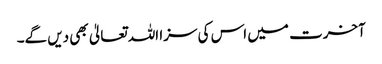
آخرت میں اس کی سزا اللہ تعالیٰ بھی دیں گے۔